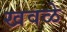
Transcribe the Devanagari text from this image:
खवळे